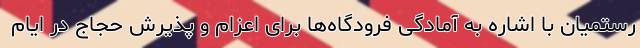
رستمیان با اشاره به آمادگی فرودگاه‌ها برای اعزام و پذیرش حجاج در ایام